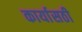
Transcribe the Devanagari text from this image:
कार्यासठी